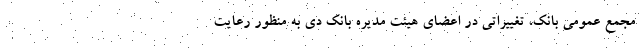
مجمع عمومی بانک، تغییراتی در اعضای هیئت مدیره بانک دی به منظور رعایت